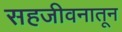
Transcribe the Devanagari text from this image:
सहजीवनातून